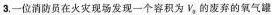
3.一位消动员在火灾现场发现一个容积为V_{0}，的废弃的氧气罐